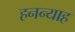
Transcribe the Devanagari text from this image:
हनन्याह